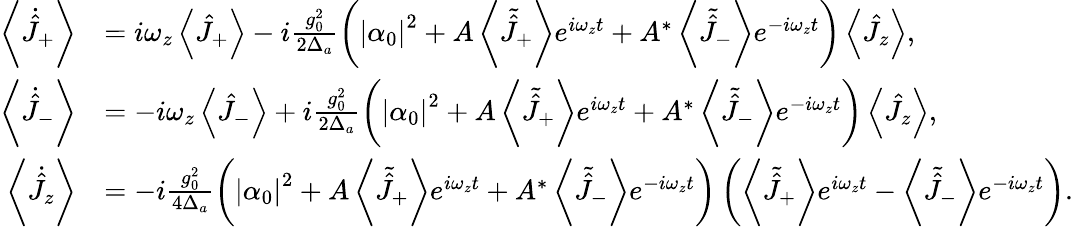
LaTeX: \begin{array}{rl}{\left\langle\dot{\hat{J}}_{+}\right\rangle}&{=i\omega_{z}\left\langle\hat{J}_{+}\right\rangle-i\frac{g_{0}^{2}}{2\Delta_{a}}\left(\left|\alpha_{0}\right|^{2}+A\left\langle\tilde{\hat{J}}_{+}\right\rangle e^{i\omega_{z}t}+A^{*}\left\langle\tilde{\hat{J}}_{-}\right\rangle e^{-i\omega_{z}t}\right)\left\langle\hat{J}_{z}\right\rangle,}\\ {\left\langle\dot{\hat{J}}_{-}\right\rangle}&{=-i\omega_{z}\left\langle\hat{J}_{-}\right\rangle+i\frac{g_{0}^{2}}{2\Delta_{a}}\left(\left|\alpha_{0}\right|^{2}+A\left\langle\tilde{\hat{J}}_{+}\right\rangle e^{i\omega_{z}t}+A^{*}\left\langle\tilde{\hat{J}}_{-}\right\rangle e^{-i\omega_{z}t}\right)\left\langle\hat{J}_{z}\right\rangle,}\\ {\left\langle\dot{\hat{J}}_{z}\right\rangle}&{=-i\frac{g_{0}^{2}}{4\Delta_{a}}\left(\left|\alpha_{0}\right|^{2}+A\left\langle\tilde{\hat{J}}_{+}\right\rangle e^{i\omega_{z}t}+A^{*}\left\langle\tilde{\hat{J}}_{-}\right\rangle e^{-i\omega_{z}t}\right)\left(\left\langle\tilde{\hat{J}}_{+}\right\rangle e^{i\omega_{z}t}-\left\langle\tilde{\hat{J}}_{-}\right\rangle e^{-i\omega_{z}t}\right).}\end{array}